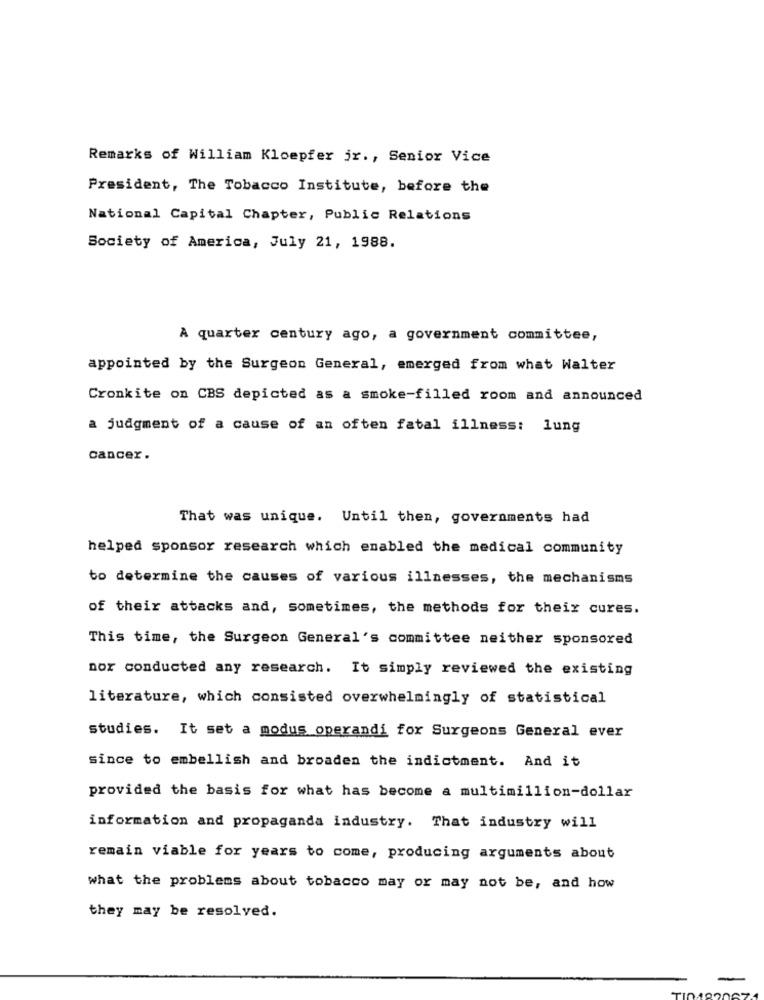
Remarks of William Kloepfer jr ., Senior Vice
President, The Tobacco Institute, before the
National Capital Chapter, Public Relations
Society of America, July 21, 1988.
A quarter century ago, a government committee,
appointed by the Surgeon General, emerged from what Walter
Cronkite on CBS depicted as a smoke-filled room and announced
a judgment of a cause of an often fatal illness: lung
cancer .
That was unique. Until then, governments had
helped sponsor research which enabled the medical community
to determine the causes of various illnesses, the mechanisms
of their attacks and, sometimes, the methods for theix cures.
This time, the Surgeon General's committee neither sponsored
por conducted any research. It simply reviewed the existing
literature, which consisted overwhelmingly of statistical
studies. It set a modus operandi for Surgeons General ever
since to embellish and broaden the indictment. And it
provided the basis for what has become a multimillion-dollar
information and propaganda industry. That industry will
remain viable for years to come, producing arguments about
what the problems about tobacco may or may not be, and how
they may be resolved.